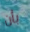
بأن